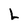
Character: L